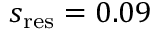
s _ { \mathrm { r e s } } = 0 . 0 9